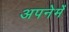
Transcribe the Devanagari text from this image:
अपनेमेँ